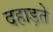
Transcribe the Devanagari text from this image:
दहाड़ते